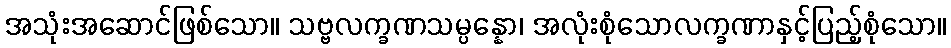
အသုံးအဆောင်ဖြစ်သော။ သဗ္ဗလက္ခဏသမ္ပန္နော၊ အလုံးစုံသောလက္ခဏာနှင့်ပြည့်စုံသော။